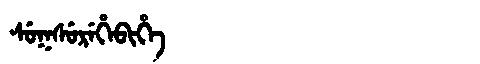
Manchu: ᠰᡠᡴᠰᡠᡵᡝᡥᡝᠪᡳᡥᡝ
Romanization: SUKSUREHEBIHE